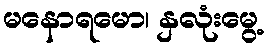
မနောရမော၊ နှလုံးမွေ့